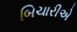
બિચારીએ